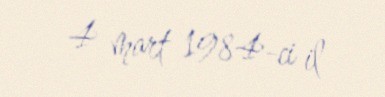
4 mart 1984-ci il